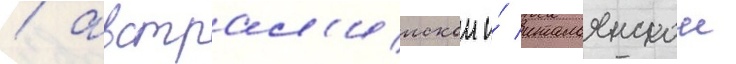
/ австрал'иискои и́ итальянскои